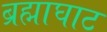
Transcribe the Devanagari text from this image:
ब्रह्माघाट